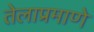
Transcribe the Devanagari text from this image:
तेलाप्रमाणे